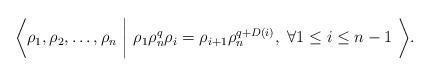
LaTeX: \begin{align*}\bigg\langle \rho_1, \rho_2, \dots, \rho_n \ \bigg\vert\ \rho_{1} \rho_n^q \rho_{i}=\rho_{i+1} \rho_n^{q+D(i)}, ~\forall 1\leq i \leq n-1 \ \bigg\rangle.\end{align*}